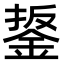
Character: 鋬